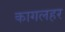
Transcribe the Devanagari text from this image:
कागलहर